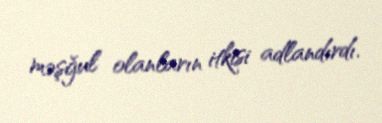
məşğul olanların itkisi adlandırdı.